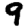
Digit: 9